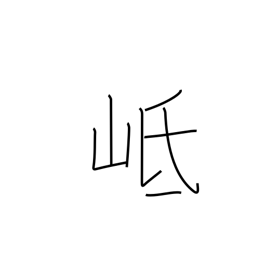
Meaning: name of a mountain